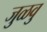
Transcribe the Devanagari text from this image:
जुळवु